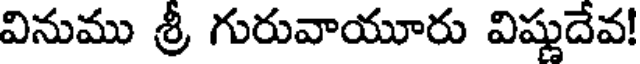
వినుము శ్రీ గురువాయూరు విష్ణుదేవ!